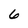
Character: 6